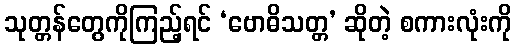
သုတ္တန်တွေကိုကြည့်ရင် ‘ဗောဓိသတ္တ’ ဆိုတဲ့ စကားလုံးကို